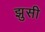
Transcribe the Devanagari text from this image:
झुसी